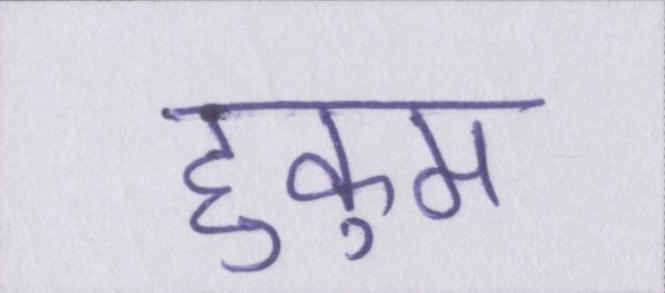
हुकुम